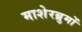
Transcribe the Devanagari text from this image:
माशेरब्रुमों